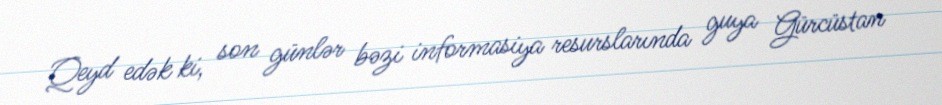
Qeyd edək ki, son günlər bəzi informasiya resurslarında guya Gürcüstan